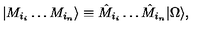
| M _ { i _ { i } } \dots M _ { i _ { n } } \rangle \equiv \hat { M } _ { i _ { i } } \dots \hat { M } _ { i _ { n } } | \Omega \rangle ,